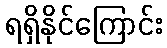
ရရှိနိုင်ကြောင်း